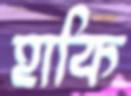
হাকি